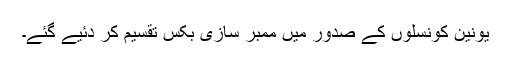
یونین کونسلوں کے صدور میں ممبر سازی بکس تقسیم کر دئیے گئے۔